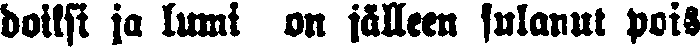
doiksi ja lumi on jälleen sulanut pois